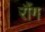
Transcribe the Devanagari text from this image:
रौंग